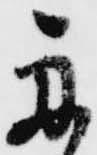
舟